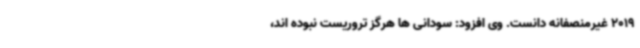
2019 غیرمنصفانه دانست. وی افزود: سودانی ها هرگز تروریست نبوده اند،